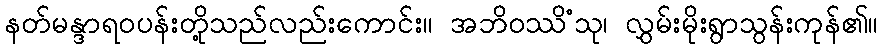
နတ်မန္ဒာရဝပန်းတို့သည်လည်းကောင်း။ အဘိဝဿိံသု၊ လွှမ်းမိုးရွာသွန်းကုန်၏။